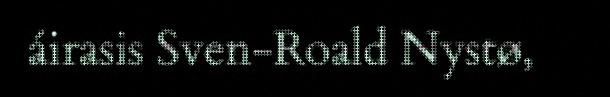
áirasis Sven-Roald Nystø,